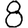
Digit: 8